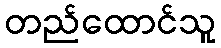
တည်ထောင်သူ